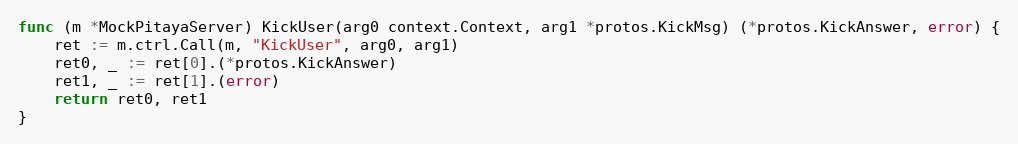
Language: Go
func (m *MockPitayaServer) KickUser(arg0 context.Context, arg1 *protos.KickMsg) (*protos.KickAnswer, error) {
	ret := m.ctrl.Call(m, "KickUser", arg0, arg1)
	ret0, _ := ret[0].(*protos.KickAnswer)
	ret1, _ := ret[1].(error)
	return ret0, ret1
}